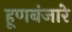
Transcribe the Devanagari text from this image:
हूणबंजारे